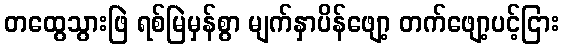
တထွေသွားဖြဲ ရစ်မြဲမှန်စွာ မျက်နှာပိန်ဖျော့ တက်ဖျော့ပင့်ငြား